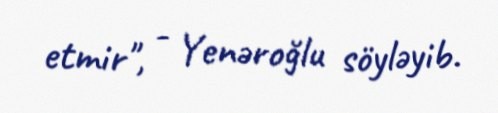
etmir", - Yenəroğlu söyləyib.